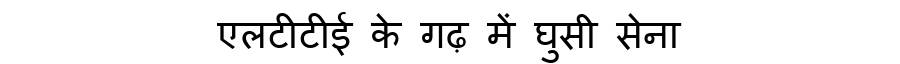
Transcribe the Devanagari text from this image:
एलटीटीई के गढ़ में घुसी सेना